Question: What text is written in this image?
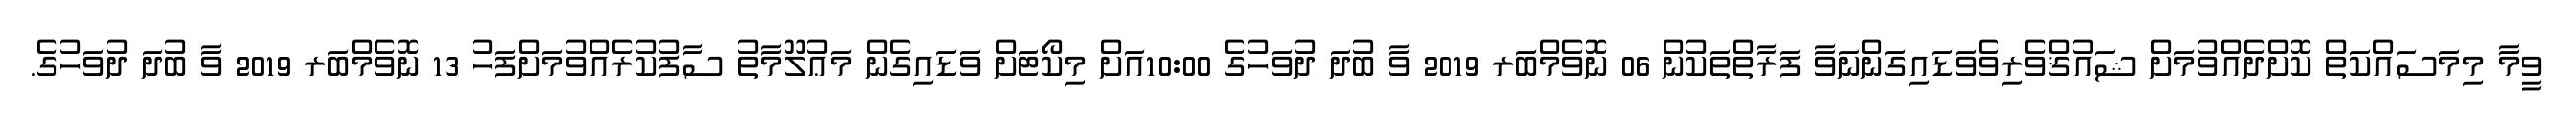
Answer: ވީމާ މިމަސައްކަތް ކޮށްދެއްވުމަށް ޝައުޤްވެރިވެވަޑައިގަންނަވާ ފަރާތްތަކުން 06 ނޮވެމްބަރ 2019 ވާ ބުދަ ދުވަހުގެ 10:00އަށް މިކޯޓަށް ވަޑައިގެން މަޢުލޫމާތު ސާފުކުރެއްވުމަށްފަހު 13 ނޮވެމްބަރ 2019 ވާ ބުދަ ދުވަހުގެ.